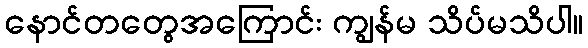
နောင်တတွေအကြောင်း ကျွန်မ သိပ်မသိပါ။